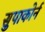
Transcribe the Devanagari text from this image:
सुपाकोर्न